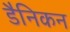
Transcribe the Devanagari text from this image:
डैनिकन